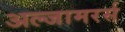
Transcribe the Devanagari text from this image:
अल्जामरर्स